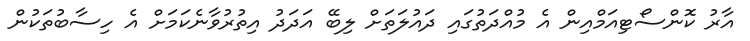
އާރު ކޮންސޯޓިއަމްއިން އެ މުއްދަތުގައި ދައުލަތަށް ލިބޭ އަދަދު އިތުރުވާނެކަމަށް އެ ހިސާބުތަކުން